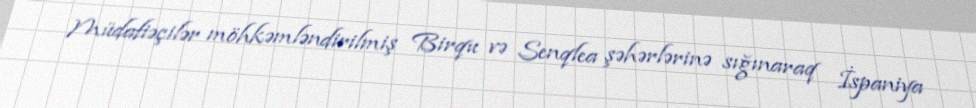
Müdafiəçilər möhkəmləndirilmiş Birqu və Senqlea şəhərlərinə sığınaraq İspaniya